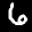
Label: 6